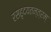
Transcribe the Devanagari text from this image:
रसहृदयतन्त्रम्